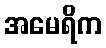
အမေရိက